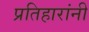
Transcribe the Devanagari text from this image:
प्रतिहारांनी